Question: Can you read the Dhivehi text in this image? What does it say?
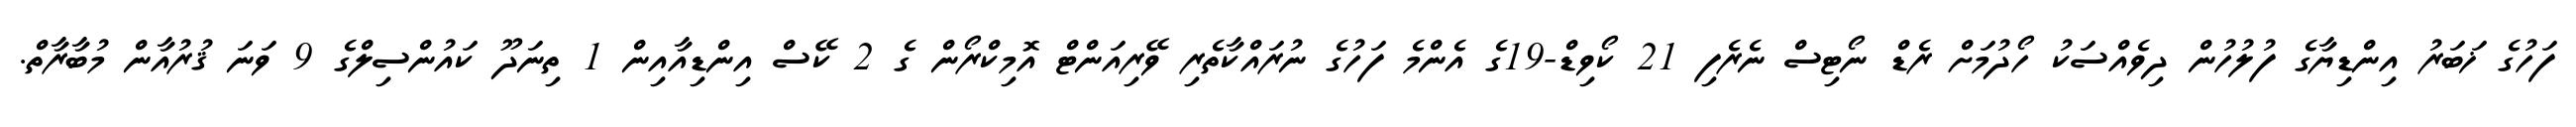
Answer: ފަހުގެ ޚަބަރު އިންޑިޔާގެ ފުލުހުން ދިވެއްސަކު ހޯދުމަށް ރެޑް ނޯޓިސް ނެރެފި 21 ކޯވިޑް-19ގެ އެންމެ ފަހުގެ ނުރައްކާތެރި ވޭރިއަންޓް އޮމިކްރޯން ގެ 2 ކޭސް އިންޑިއާއިން 1 ތިނަދޫ ކައުންސިލްގެ 9 ވަނަ ޤުރުއާން މުބާރާތް.